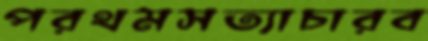
পরথমসত্যাচারব